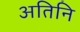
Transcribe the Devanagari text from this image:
अतिनि